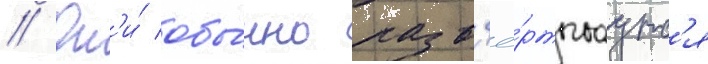
// Он'и́ обы́чно разв'ё́ртываутс'я